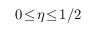
0 \! \leq \! \eta \! \leq \! 1 / 2